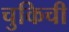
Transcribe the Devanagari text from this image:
चुकिची